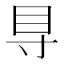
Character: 𥃷